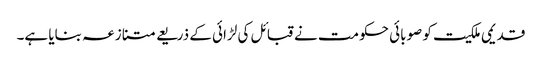
قدیمی ملکیت کو صوبائی حکومت نے قبائل کی لڑائی کے ذریعے متنازعہ بنایا ہے۔